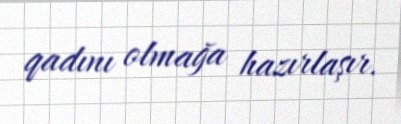
qadını olmağa hazırlaşır.